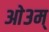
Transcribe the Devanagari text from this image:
आे३म्